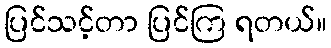
ပြင်သင့်တာ ပြင်ကြ ရတယ်။